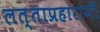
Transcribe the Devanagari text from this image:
लत्ताप्रहारांनी